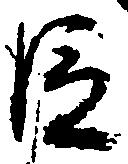
臣